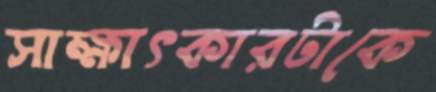
সাক্ষাৎকারটাকে